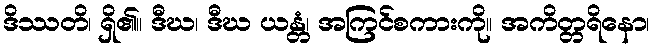
ဒိဿတိ၊ ရှိ၏။ ဒီဃ၊ ဒီဃ ယန္တံ၊ အကြင်စကားကို။ အကိတ္တရိနော၊